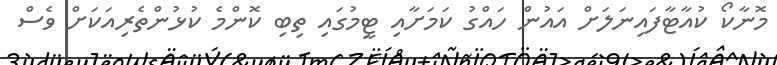
މޮނާކޯ ކުއާޓާފައިނަލަށް އައުން ހައްގު ކަމަށާއި ޓީމުގައި ތިބި ކޮންމެ ކުޅުންތެރިއަކަށް ވެސް